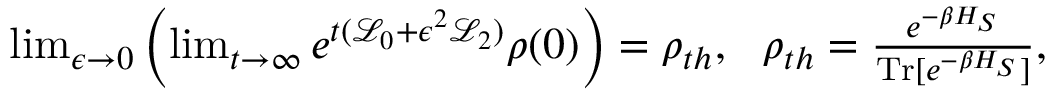
\begin{array} { r } { \operatorname* { l i m } _ { \epsilon \to 0 } \left( \operatorname* { l i m } _ { t \to \infty } e ^ { t ( \mathcal { L } _ { 0 } + \epsilon ^ { 2 } \mathcal { L } _ { 2 } ) } \rho ( 0 ) \right) = \rho _ { t h } , ~ ~ \rho _ { t h } = \frac { e ^ { - \beta H _ { S } } } { \mathrm { T r } [ e ^ { - \beta H _ { S } } ] } , } \end{array}